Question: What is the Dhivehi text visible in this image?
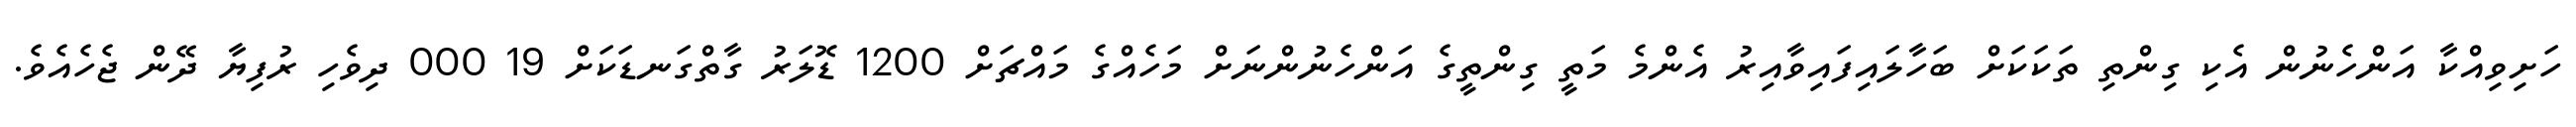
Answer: ހަށިވިއްކާ އަންހެނުން އެކި ގިންތި ތަކަކަށް ބަހާލައިފައިވާއިރު އެންމެ މަތީ ގިންތީގެ އަންހެނުންނަށް މަހެއްގެ މައްޗަށް 1200 ޑޮލަރު ގާތްގަނޑަކަށް 19 000 ދިވެހި ރުފިޔާ ދޭން ޖެހެއެވެ.